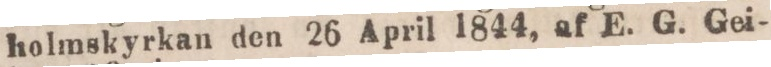
holmskyrkan den 26 April 1844, af E. G. Gei